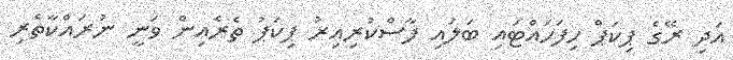
އަދި ރޭގެ ޕިކަޕް ހިފަހައްޓައި ބަލައި ފާސްކުރިއިރު ޕިކަޕު ތެރެއިން ވަނީ ނުރައްކާތެރި